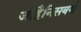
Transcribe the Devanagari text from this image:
जोहैनिसबर्ग